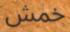
خمش